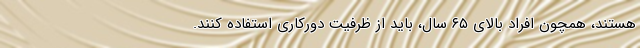
هستند، همچون افراد بالای ۶۵ سال، باید از ظرفیت دورکاری استفاده کنند.